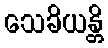
သေခိယန္တိ